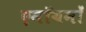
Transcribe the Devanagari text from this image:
एनॉयनों